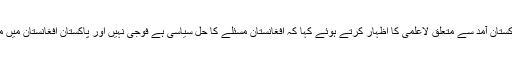
ڈاکٹر محمد فیصل نے طالبان وفد کی پاکستان آمد سے متعلق لاعلمی کا اظہار کرتے ہوئے کہا کہ افغانستان مسئلے کا حل سیاسی ہے فوجی نہیں اور پاکستان افغانستان میں مفاہمتی عمل بڑھانے پر یقین رکھتا ہے۔